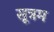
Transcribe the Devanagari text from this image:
सूत्रम